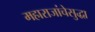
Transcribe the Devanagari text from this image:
महाराजांचेसुद्धा